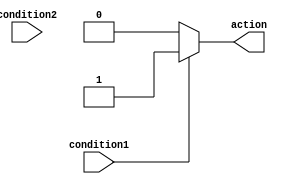
module multiple_if_else(
    input condition1,
    input condition2,
    output reg action
);

// Sequential evaluation of if-else statements
always @*
begin
    if (condition1)
        action = 1;
    else if (condition2)
        action = 2;
    else
        action = 0;
end

endmodule